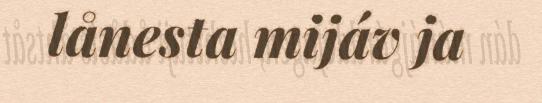
lånesta mijáv ja